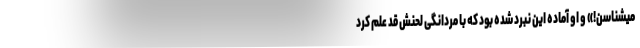
میشناسن!» و او آماده این نبرد شده بود که با مردانگیِ لحنش قد علم کرد